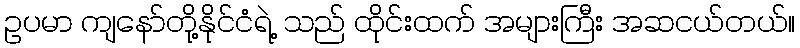
ဥပမာ ကျနော်တို့နိုင်ငံရဲ့ သည် ထိုင်းထက် အများကြီး အဆငယ်တယ်။